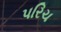
પરિચ